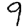
Digit: 9